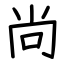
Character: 尚